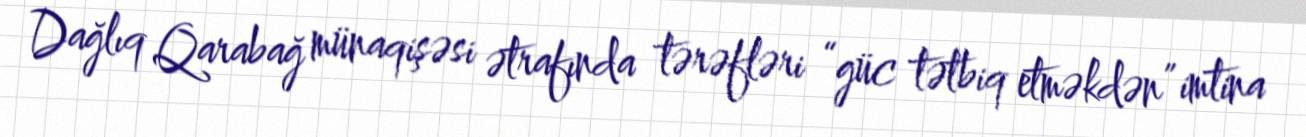
Dağlıq Qarabağ münaqişəsi ətrafında tərəfləri “güc tətbiq etməkdən” imtina